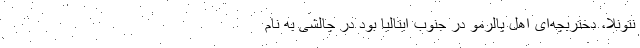
نتونلا، دختربچه‌ای اهل پالرمو در جنوب ایتالیا بود در چالشی به نام